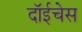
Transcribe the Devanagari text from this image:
दॉईचेस